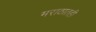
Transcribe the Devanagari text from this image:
मराठातही